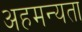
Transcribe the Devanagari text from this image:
अहमन्यता